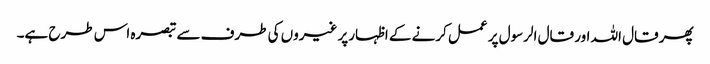
پھر قال اللہ اور قال الرسول پر عمل کرنے کے اظہارپر غیروں کی طرف سے تبصرہ اس طرح ہے۔